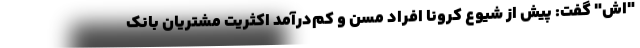
"اش" گفت: پیش از شیوع کرونا افراد مسن و کم‌درآمد اکثریت مشتریان بانک‌